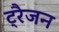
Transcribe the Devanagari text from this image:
ट्रैजन